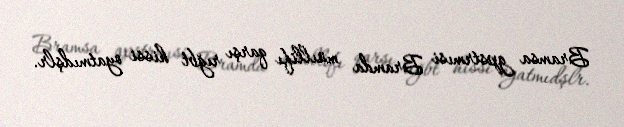
Bramsa gpstrmısi Bramda müıllifı qarşı rığbt hissi oyatmıdşlr.